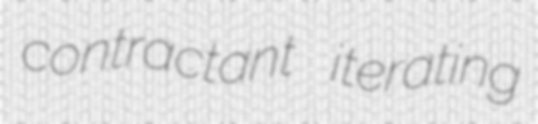
contractant iterating